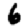
Digit: 6